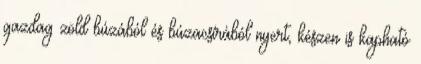
gazdag zöld búzából és búzacsírából nyert, készen is kapható